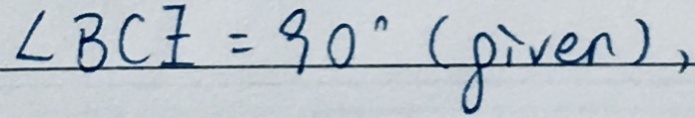
\angle B C E = 9 0 ^ { \circ } ( p i v e n ) ,